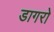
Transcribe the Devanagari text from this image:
डागरो